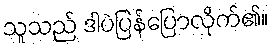
သူသည် ဒါပဲပြန်ပြောလိုက်၏။